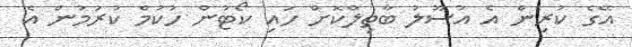
އޭގެ ކުރިން އެ އުސޫލު ބާތިލްކޮށް ހައި ކޯޓުން ހުކުމް ކުރުމުން އެ